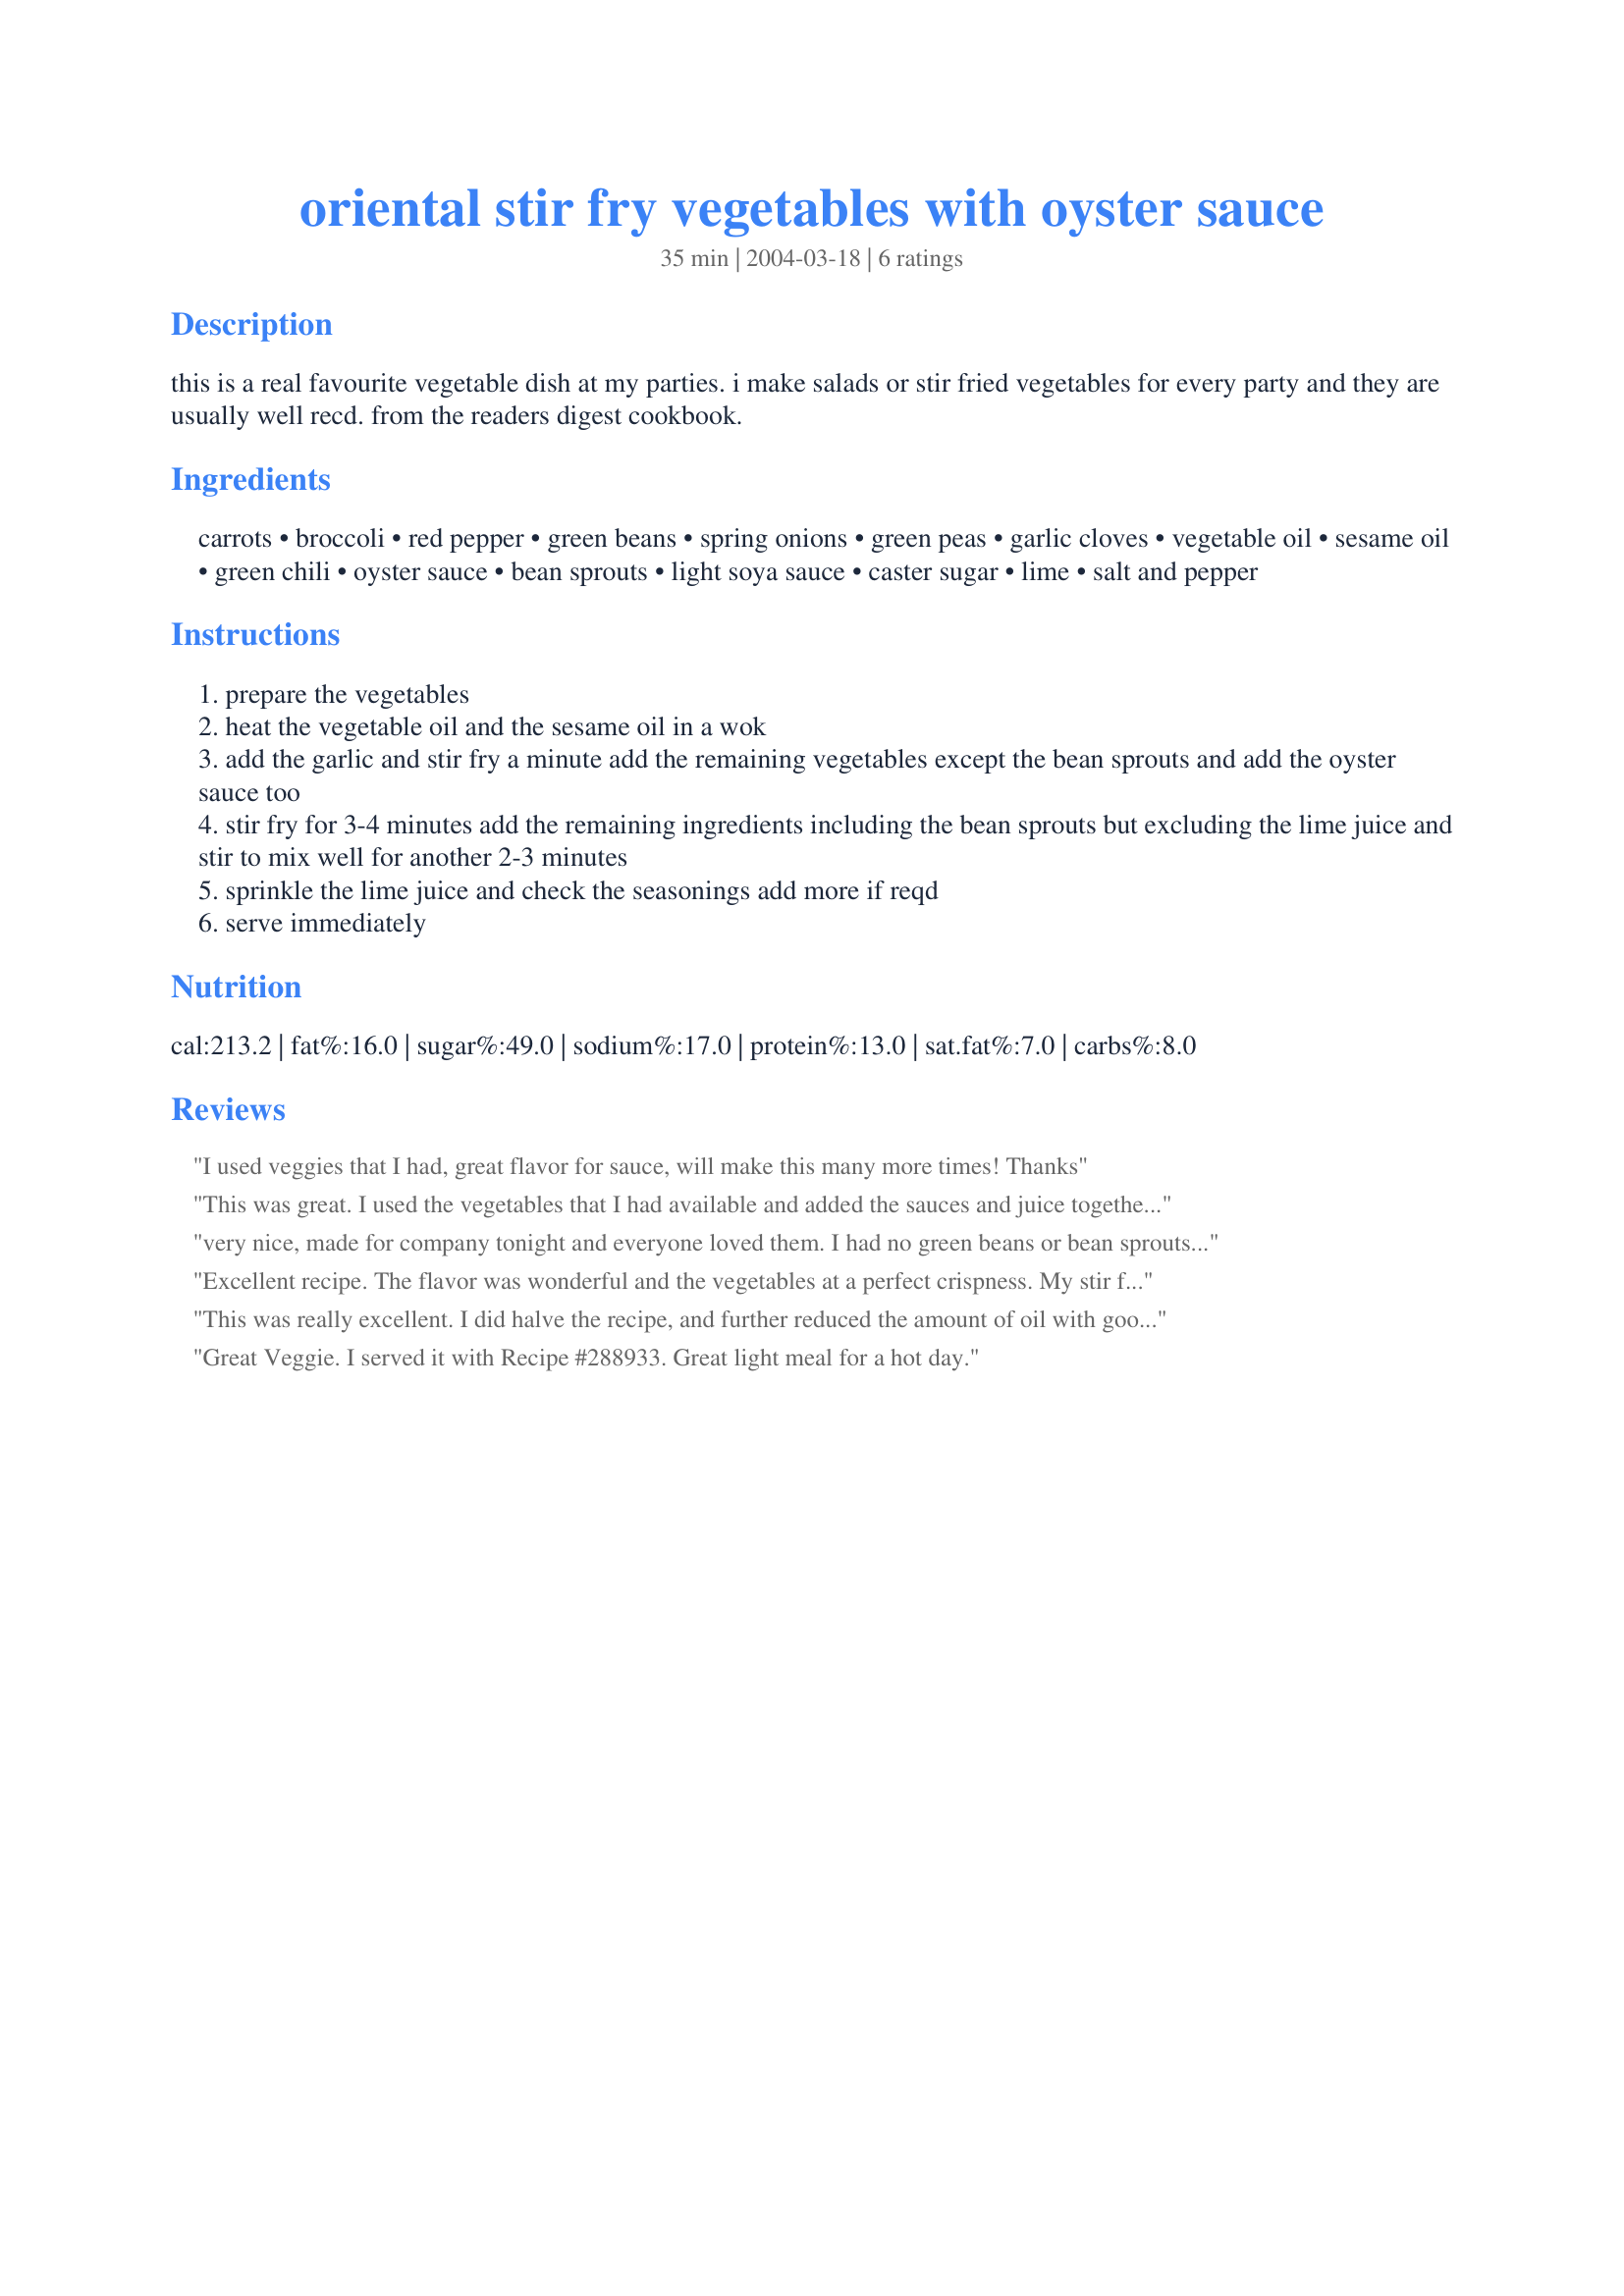
oriental stir fry vegetables with oyster sauce
Preparation time: 35 minutes

this is a real favourite vegetable dish at my parties. i make salads or stir fried vegetables for every party and they are usually well recd. from the readers digest cookbook.

Ingredients:
carrots, broccoli, red pepper, green beans, spring onions, green peas, garlic cloves, vegetable oil, sesame oil, green chili, oyster sauce, bean sprouts, light soya sauce, caster sugar, lime, salt and pepper

Steps:
prepare the vegetables
heat the vegetable oil and the sesame oil in a wok
add the garlic and stir fry a minute add the remaining vegetables except the bean sprouts and add the oyster sauce too
stir fry for 3-4 minutes add the remaining ingredients including the bean sprouts but excluding the lime juice and stir to mix well for another 2-3 minutes
sprinkle the lime juice and check the seasonings add more if reqd
serve immediately

Reviews:
I used veggies that I had, great flavor for sauce, will make this many more times! Thanks
This was great. I used the vegetables that I had available and added the sauces and juice together near the end. Lovely flavour combo.
very nice, made for company tonight and everyone loved them. I had no green beans or bean sprouts, so used mushrooms and snow peas and the rest as in the recipe except for no red pepper, just green and a jalepeno for the chli. It had a very nice bite, I added salt and quite a lot of pepper also. I will be making it again, thanks for posting.
Excellent recipe. The flavor was wonderful and the vegetables at a perfect crispness. My stir fry normally comes out too mushy - this was not. I'll use this exclusively from now on.
This was really excellent. I did halve the recipe, and further reduced the amount of oil with good results. I also omitted the bean sprouts because I did not have any on hand. This recipe will lend itself well to any number of different veggie combinations and is very forgiving. The lime juice does a nice job of brightening all of the flavors. Thank you Fay for sharing the recipe. It is one I am sure to return to.
Great Veggie. I served it with Recipe #288933. Great light meal for a hot day.
